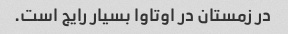
در زمستان در اوتاوا بسیار رایج است.